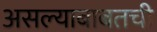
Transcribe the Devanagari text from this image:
असल्याबाबतची